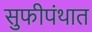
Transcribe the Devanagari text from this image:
सुफीपंथात